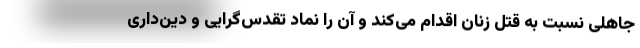
جاهلی نسبت به قتل زنان اقدام می‌کند و آن را نماد تقدس‌گرایی و دین‌داری